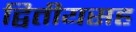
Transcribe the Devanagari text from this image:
द्वितीयसह